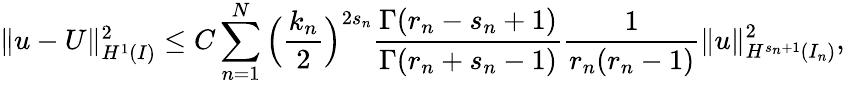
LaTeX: \begin{array}{r}{\| u-U\| _{H^{1}(I)}^{2}\le C\displaystyle\sum_{n=1}^{N}\Big(\displaystyle\frac{k_{n}}{2}\Big)^{2s_{n}}\displaystyle\frac{\Gamma(r_{n}-s_{n}+1)}{\Gamma(r_{n}+s_{n}-1)}\displaystyle\frac{1}{r_{n}(r_{n}-1)}\| u\| _{H^{s_{n}+1}(I_{n})}^{2},}\end{array}